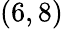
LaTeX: (6,8)